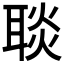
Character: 𦖠